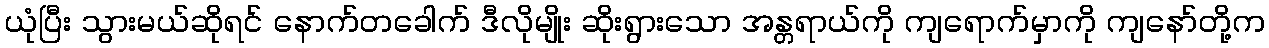
ယုံပြီး သွားမယ်ဆိုရင် နောက်တခေါက် ဒီလိုမျိုး ဆိုးရွားသော အန္တရာယ်ကို ကျရောက်မှာကို ကျနော်တို့က